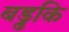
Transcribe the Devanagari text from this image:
बड्ढकि